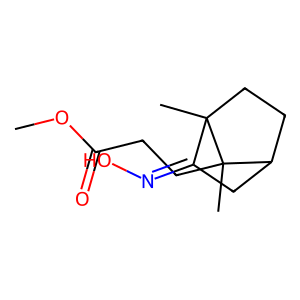
SMILES: COC(=O)CCC1(C)C2CCC1(C)C(=NO)C2
Inhibits HIV replication: No